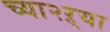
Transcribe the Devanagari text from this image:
च्या२ऱ्या